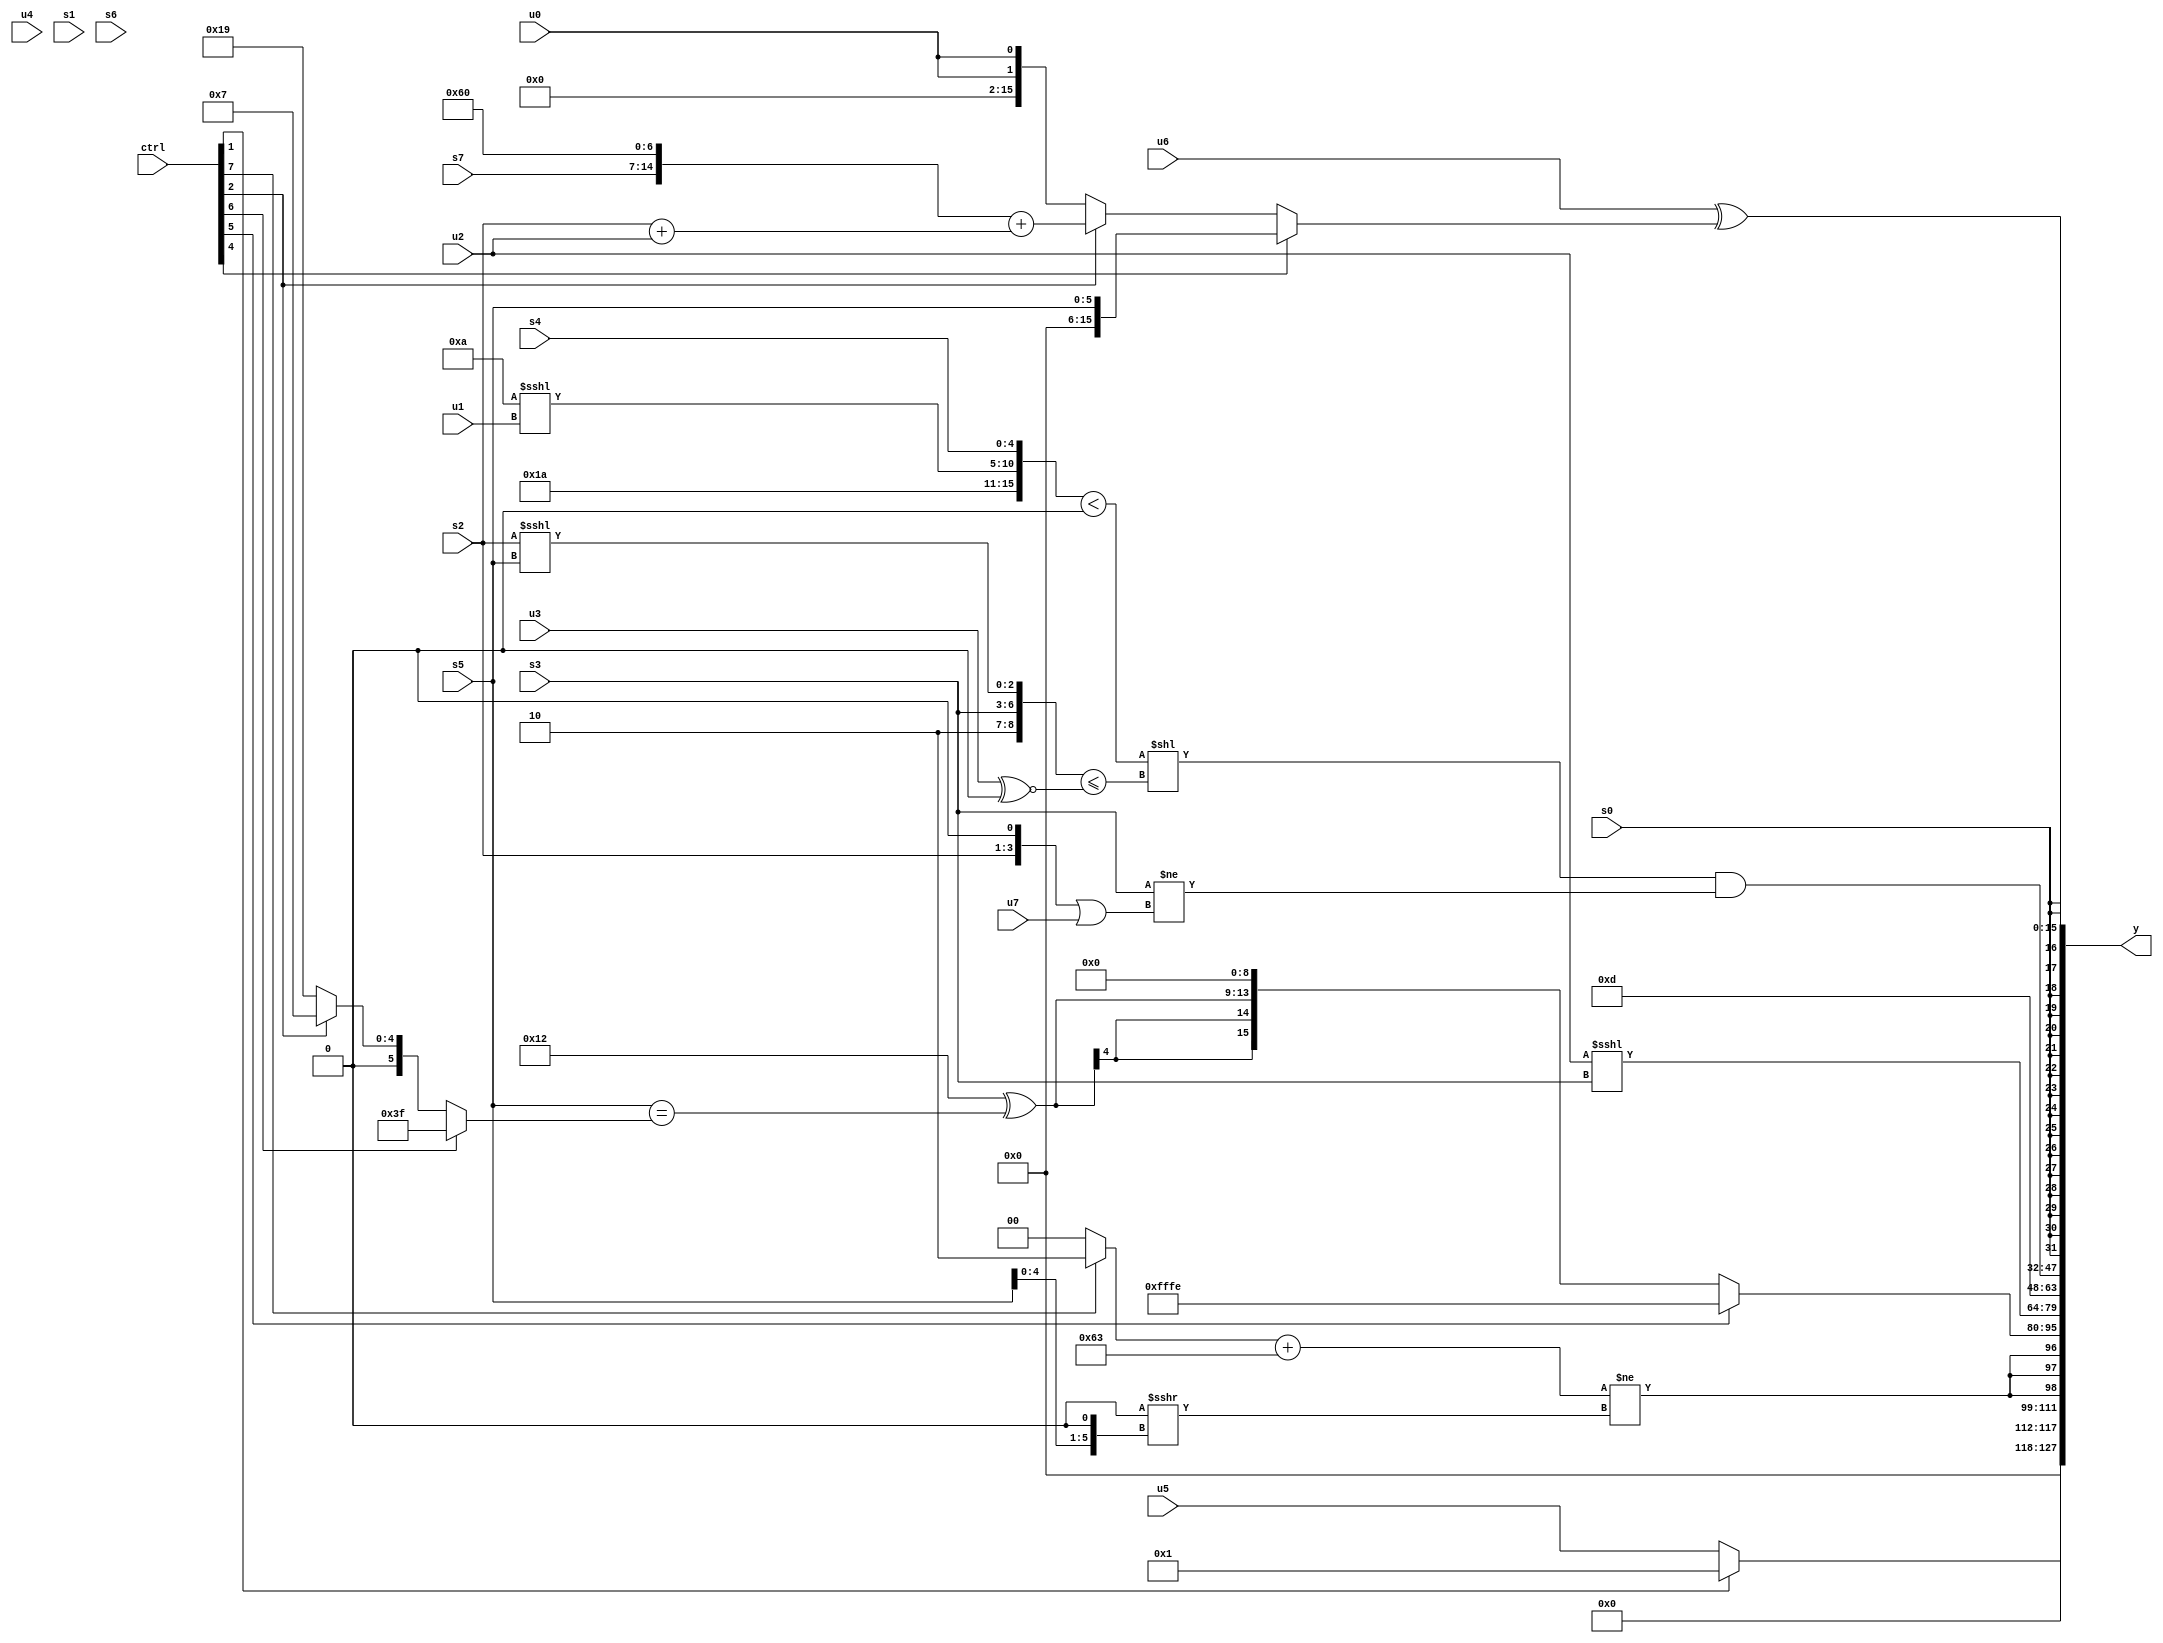
module wideexpr_00906(ctrl, u0, u1, u2, u3, u4, u5, u6, u7, s0, s1, s2, s3, s4, s5, s6, s7, y);
  input [7:0] ctrl;
  input [0:0] u0;
  input [1:0] u1;
  input [2:0] u2;
  input [3:0] u3;
  input [4:0] u4;
  input [5:0] u5;
  input [6:0] u6;
  input [7:0] u7;
  input signed [0:0] s0;
  input signed [1:0] s1;
  input signed [2:0] s2;
  input signed [3:0] s3;
  input signed [4:0] s4;
  input signed [5:0] s5;
  input signed [6:0] s6;
  input signed [7:0] s7;
  output [127:0] y;
  wire [15:0] y0;
  wire [15:0] y1;
  wire [15:0] y2;
  wire [15:0] y3;
  wire [15:0] y4;
  wire [15:0] y5;
  wire [15:0] y6;
  wire [15:0] y7;
  assign y = {y0,y1,y2,y3,y4,y5,y6,y7};
  assign y0 = (ctrl[1]?3'sb001:u5);
  assign y1 = {3{(((ctrl[7]?(6'b101110)&(2'sb10):(s7)<<(6'sb100000)))+({2{$signed(5'sb00011)}}))!=((({s4,4'sb1010,4'b1001,s6})>>({2{6'b101001}}))>>>((s5)<<<(~&(4'sb1100))))}};
  assign y2 = (ctrl[5]?3'sb110:$signed({($signed(5'sb10010))^((s5)==((ctrl[6]?(-(2'sb01))>>>((5'sb01100)>>(2'sb01)):(ctrl[2]?-(6'sb111001):6'sb011001)))),{3{(3'sb010)<<(6'sb100110)}}}));
  assign y3 = (u2)<<<({1{s3}});
  assign y4 = 5'sb01101;
  assign y5 = ((({5'sb11010,((6'sb001010)<<<(u1))<<((5'sb01100)<<(3'sb011)),+(s4)})<($unsigned($signed(~^(6'sb100011)))))<<(({2'sb10,s3,$signed((s2)<<<(s5))})<=((u3)^~({2{(s6)<<(5'sb01011)}}))))&(($signed(s3))!=($signed((($unsigned(s2))<<((5'b11010)>(5'sb10111)))|(u7))));
  assign y6 = s0;
  assign y7 = (u6)^((ctrl[4]?s5:(ctrl[2]?({(s4)>>(6'sb100011),s7,3'b110,(4'sb0010)<<<(4'sb1000)})+($unsigned((s2)+(u2))):{2{u0}})));
endmodule